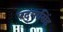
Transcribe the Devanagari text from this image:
पद्‌मासिंह